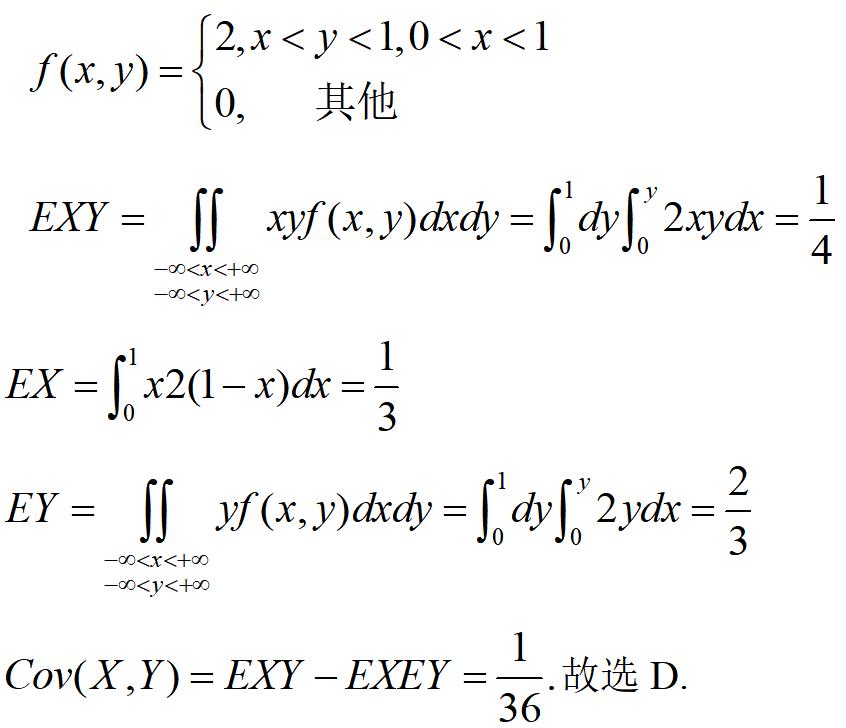
\[
f(x,y)=
\begin{cases}
2, & x < y < 1, 0 < x < 1 \\
0, & \text{其他}
\end{cases}
\]
\[
EXY = \iint_{\substack{-\infty<x<+\infty\\-\infty<y<+\infty}} xyf(x,y)dxdy = \int_{0}^{1}dy\int_{0}^{y}2xydx = \frac{1}{4}
\]
\[
EX = \int_{0}^{1}x2(1 - x)dx = \frac{1}{3}
\]
\[
EY = \iint_{\substack{-\infty<x<+\infty\\-\infty<y<+\infty}} yf(x,y)dxdy = \int_{0}^{1}dy\int_{0}^{y}2ydx = \frac{2}{3}
\]
\[
Cov(X,Y)=EXY - EXEY = \frac{1}{36}. \text{故选 D.}
\]